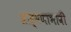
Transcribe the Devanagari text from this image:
ब्राह्मणाभावीं